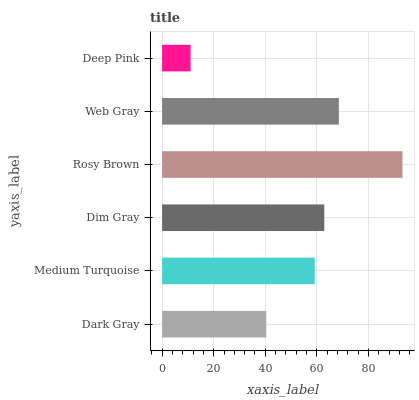
| yaxis_label | bars |
 | --- | --- |
 | Dark Gray | 40.4 |
 | Medium Turquoise | 59.2 |
 | Dim Gray | 62.8 |
 | Rosy Brown | 93.2 |
 | Web Gray | 68.5 |
 | Deep Pink | 11.1 |